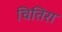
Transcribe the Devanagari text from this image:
चितिरा